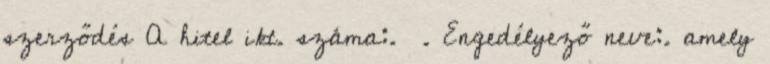
szerződés A hitel ikt. száma:. . Engedélyező neve:. amely